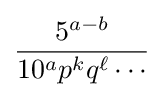
{\frac {5^{a-b}}{10^{a}p^{k}q^{\ell }\cdots }}